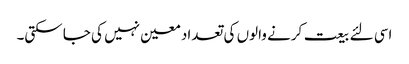
اسی لئے بیعت کرنے والوں کی تعداد معین نہیں کی جا سکتی۔